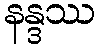
နန္ဒဿ